Insane asylums Bombay 1873-77 - 1873-1877
Year: 1873
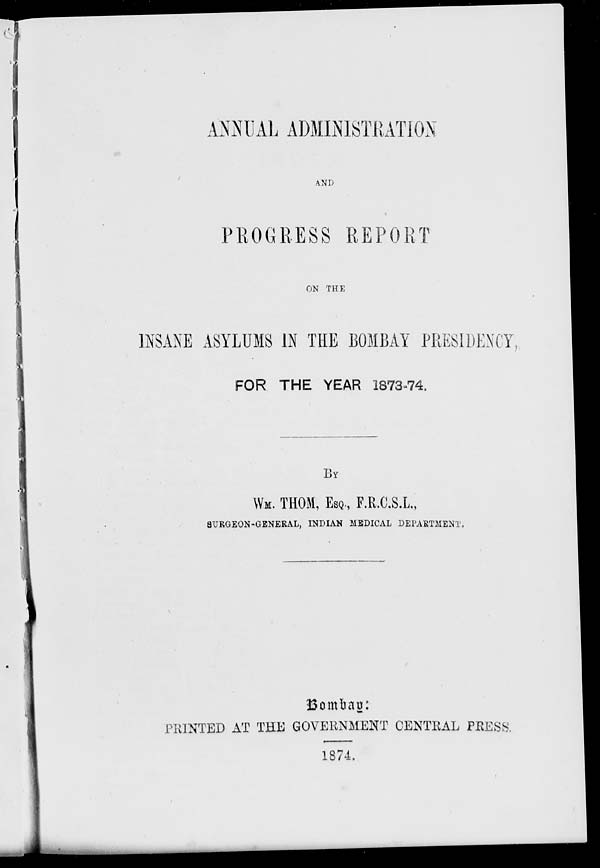
ANNUAL ADMINISTRATION
AND
PROGRESS REPORT
ON THE
INSANE ASYLUMS IN THE BOMBAY PRESIDENCY
FOR THE YEAR 1873-74.
BY
WM. THOM, ESQ., F.R.C.S.L.,
SURGEON-GENERAL, INDIAN MEDICAL DEPARTMENT
Bombay:
PRINTED AT THE GOVERNMENT CENTRAL PRESS.
1874.